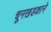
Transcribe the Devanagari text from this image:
चूनखडकाने